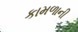
કામળાની